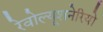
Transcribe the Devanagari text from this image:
रेवोल्यूशनेरियो